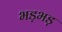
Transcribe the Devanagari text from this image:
भड़भड़